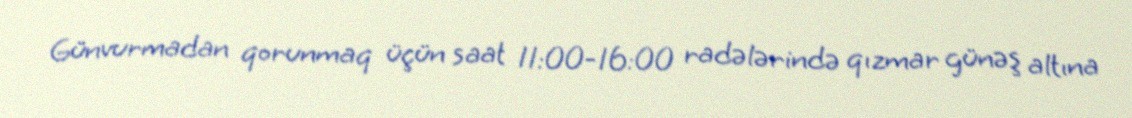
Günvurmadan qorunmaq üçün saat 11:00-16:00 radələrində qızmar günəş altına